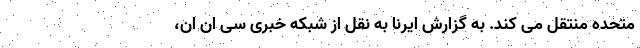
متحده منتقل می کند. به گزارش ایرنا به نقل از شبکه خبری سی ان ان،